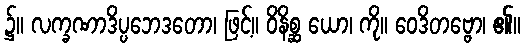
၌။ လက္ခဏာဒိပ္ပဘေဒတော၊ ဖြင့်။ ဝိနိစ္ဆ ယော၊ ကို။ ဝေဒိတဗ္ဗော၊ ၏။